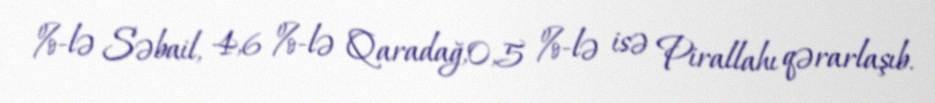
%-lə Səbail, 4,6 %-lə Qaradağ,0,5 %-lə isə Pirallahı qərarlaşıb.